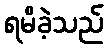
ရမိခဲ့သည်